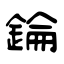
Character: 錀